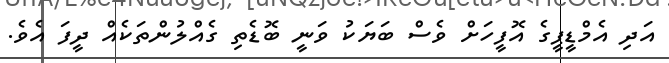
އަދި އެމްޑީޕީގެ އޮފީހަށް ވެސް ބަޔަކު ވަނީ ބޮޑެތި ގެއްލުންތަކެއް ދީފަ އެވެ.